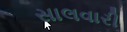
સાલવારી